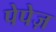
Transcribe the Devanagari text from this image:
पेपेज़